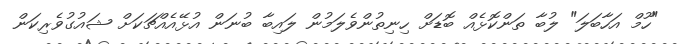
"ހޫމް އަހާބަލަ" ލުބާ ތަންކޮޅެއް ބޮޑަށް ހިނިތުންވެލަމުން ލައިބާ ބުނަން އުޅޭއެއްޗަކަށް ޝައުގުވެރިކަން